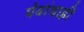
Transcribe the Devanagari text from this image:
पेयांचाही